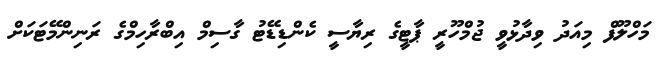
މަހްލޫފް މިއަދު ވިދާޅުވީ ޖުމްހޫރީ ޕާޓީގެ ރިޔާސީ ކެންޑިޑޭޓު ގާސިމް އިބްރާހިމްގެ ރަނިންމޭޓަކަށް